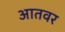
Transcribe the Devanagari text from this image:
आतवर